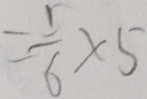
= \frac { 1 } { 6 } \times 5